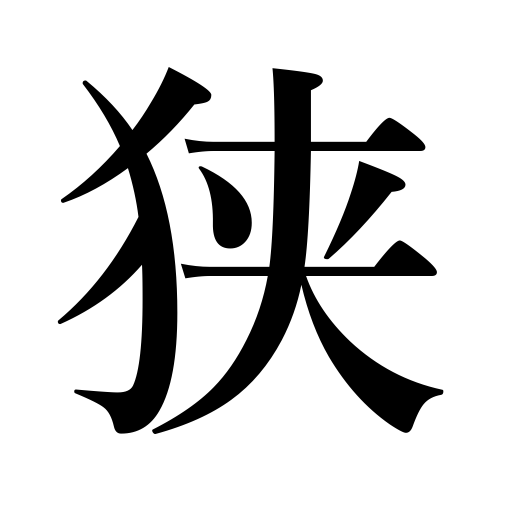
Meanings: limited,small area,narrow,tight,contract,reduce,become narrow